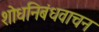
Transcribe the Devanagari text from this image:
शोधनिबंधवाचन